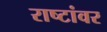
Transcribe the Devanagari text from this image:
राष्टांवर